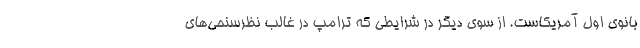
بانوی اول آمریکاست. از سوی دیگر در شرایطی که ترامپ در غالب نظرسنحی‌های